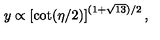
y \propto \left[ \cot ( \eta / 2 ) \right] ^ { ( 1 + \sqrt { 1 3 } ) / 2 } ,